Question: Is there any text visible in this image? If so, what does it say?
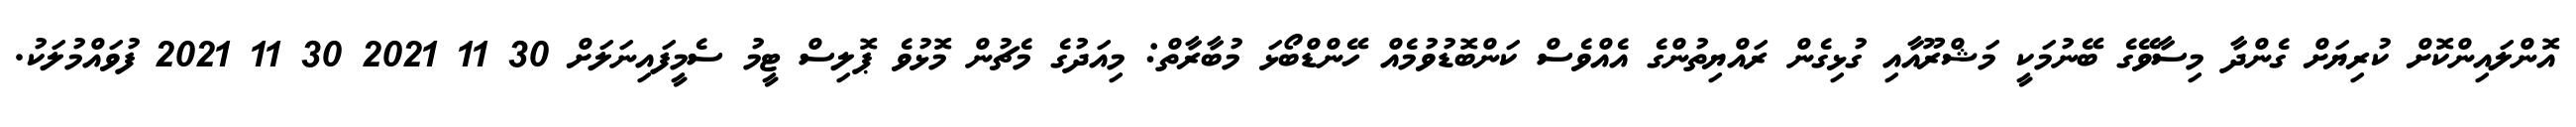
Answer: އޮންލައިންކޮށް ކުރިޔަށް ގެންދާ މިސާވޭގެ ބޭނުމަކީ މަޝްރޫއާއި ގުޅިގެން ރައްޔިތުންގެ އެއްވެސް ކަންބޮޑުވުމެއް ހޭންޑްބޯޅަ މުބާރާތް: މިއަދުގެ މެޗުން މޮޅުވެ ޕޮލިސް ޓީމު ސެމީފައިނަލަށް 30 11 2021 30 11 2021 ފުވައްމުލަކު.